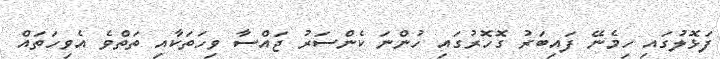
ފަޅޮލުގައި ހިމެނޭ ފައިބަރު ގޮހޮރުގައި ހުންނަ ކެންސަރު ޖައްސާ ވިހަތަކާއި ތަތްވެ އެވިހަތައް